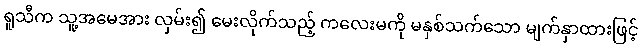
ရူသီက သူ့အမေအား လှမ်း၍ မေးလိုက်သည့် ကလေးမကို မနှစ်သက်သော မျက်နှာထားဖြင့်